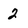
Character: 2